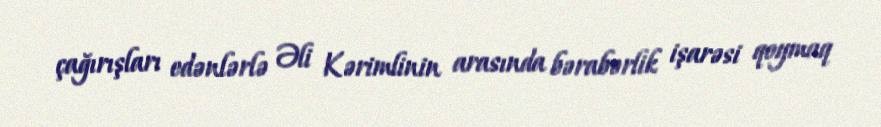
çağırışları edənlərlə Əli Kərimlinin arasında bərabərlik işarəsi qoymaq